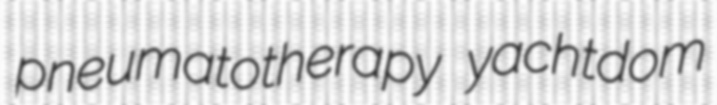
pneumatotherapy yachtdom